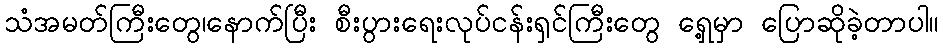
သံအမတ်ကြီးတွေ၊နောက်ပြီး စီးပွားရေးလုပ်ငန်းရှင်ကြီးတွေ ရှေ့မှာ ပြောဆိုခဲ့တာပါ။